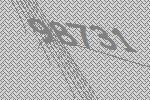
98731